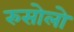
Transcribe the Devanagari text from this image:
रुसोलो